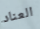
العناد